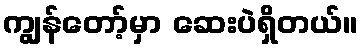
ကျွန်တော့်မှာ ဆေးပဲရှိတယ်။